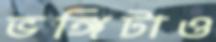
ভঙ্গিটাও